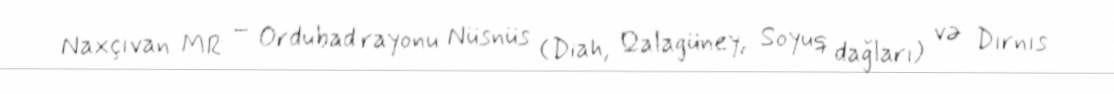
Naxçıvan MR – Ordubad rayonu Nüsnüs (Diah, Qalagüney, Soyuq dağları) və Dırnıs